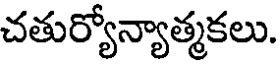
చతుర్యోన్యాత్మకలు.